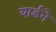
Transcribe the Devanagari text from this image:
यार्डने